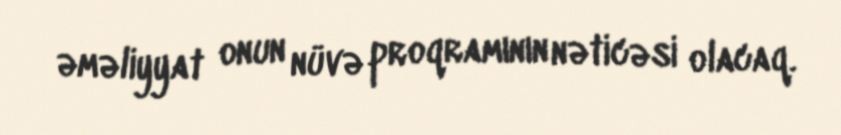
əməliyyat onun nüvə proqramının nəticəsi olacaq.